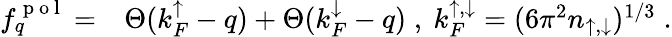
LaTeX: \begin{array}{rl}{f_{q}^{\mathrm{~p~o~l~}}=}&{{}\Theta(k_{F}^{\mathord{\uparrow}}-q)+\Theta(k_{F}^{\mathord{\downarrow}}-q)\; ,~k_{F}^{\mathord{\uparrow},\mathord{\downarrow}}=(6\pi^{2}n_{\mathord{\uparrow},\mathord{\downarrow}})^{1/3}\; .}\end{array}